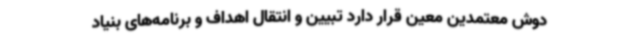
دوش معتمدین معین قرار دارد تبیین و انتقال اهداف و برنامه‌های بنیاد